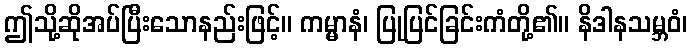
ဤသို့ဆိုအပ်ပြီးသောနည်းဖြင့်။ ကမ္မာနံ၊ ပြုပြင်ခြင်းကံတို့၏။ နိဒါနသမ္ဘဝံ၊